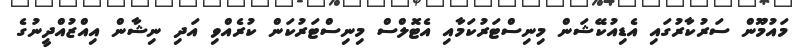
މައުމޫން ސަރުކާރުގައި އެޑިއުކޭޝަން މިނިސްޓަރުކަމާއި އެޓޮލްސް މިނިސްޓަރުކަން ކުރެއްވި އަދި ނިޝާން އިއްޒުއްދީނުގެ